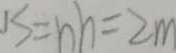
1 S = h h = 2 m